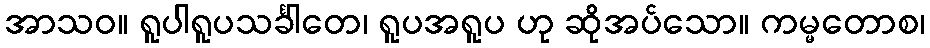
အာသဝ။ ရူပါရူပသင်္ခါတေ၊ ရူပအရူပ ဟု ဆိုအပ်သော။ ကမ္မတောစ၊